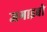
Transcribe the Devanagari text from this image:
जगाइबो